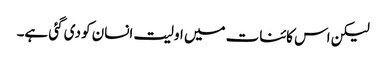
لیکن اس کائنات میں اولیت انسان کو دی گئی ہے۔